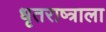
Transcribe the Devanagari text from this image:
धृतराष्त्राला